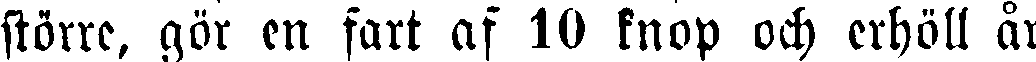
större, gör en fart af 10 knop och erhöll år